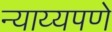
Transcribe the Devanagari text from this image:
न्याय्यपणे